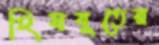
হিযবুতের